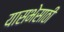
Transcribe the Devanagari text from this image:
यासभेसाठी